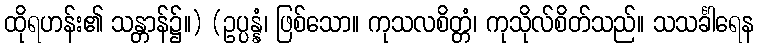
ထိုရဟန်း၏ သန္တာန်၌။) (ဥပ္ပန္နံ၊ ဖြစ်သော။ ကုသလစိတ္တံ၊ ကုသိုလ်စိတ်သည်။ သသင်္ခါရေန